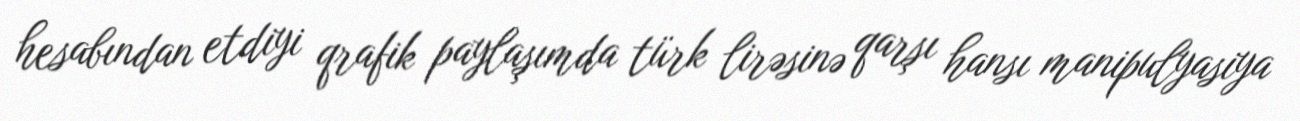
hesabından etdiyi qrafik paylaşımda türk lirəsinə qarşı hansı manipulyasiya